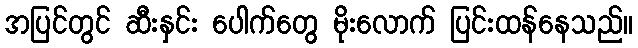
အပြင်တွင် ဆီးနှင်း ပေါက်တွေ မိုးလောက် ပြင်းထန်နေသည်။